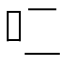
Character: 𰇇